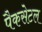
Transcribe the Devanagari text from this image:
पैकसेटल